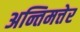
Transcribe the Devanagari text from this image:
अन्तिमत्तेर